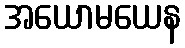
အယောမယေန